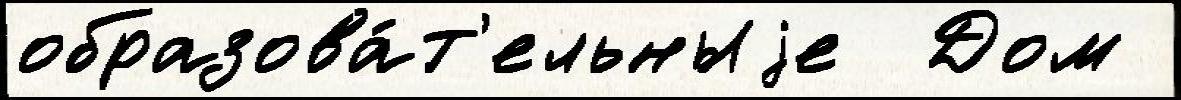
образова́т'ельныjе  Дом